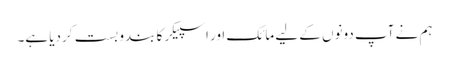
ہم نے آپ دونوں کے لیے مائک اور اسپیکر کا بندو بست کردیا ہے۔